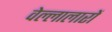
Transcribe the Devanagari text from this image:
वेल्लालारों